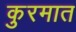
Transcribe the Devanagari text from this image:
कुरमात